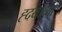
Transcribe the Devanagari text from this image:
ह्दयाच्या